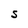
Character: S